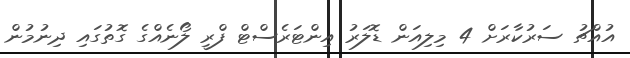
އުއްޗު ސަރުކާރަށް 4 މިލިއަން ޑޮލަރު އިންޓަރެސްޓް ފްރީ ލޯނެއްގެ ގޮތުގައި ދިނުމުން